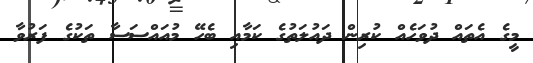
މީގެ އެތައް ދުވަހެއް ކުރިން ދައުލަތުގެ ކަމާއި ބެހޭ މުއައްސަސާ ތަކުގެ ފަރުވާ